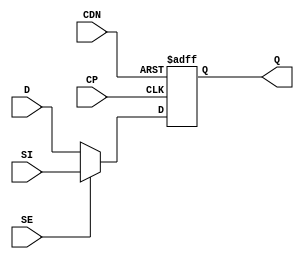
// ================================================================
// NVDLA Open Source Project
// 
// Copyright(c) 2016 - 2017 NVIDIA Corporation.  Licensed under the
// NVDLA Open Hardware License; Check "LICENSE" which comes with 
// this distribution for more information.
// ================================================================

`timescale 10ps/1ps
module  SDFCNQD1 (
	 SI
	,D
	,SE
	,CP
	,CDN
	,Q
	);

input	 SI ;
input	 D ;
input	 SE ;
input	 CP ;
input	 CDN ;
output	 Q ;

reg Q;
assign sel = SE ? SI : D;

always @(posedge CP or negedge CDN)
begin
    if(~CDN)
        Q <= 1'b0;
    else
        Q <= sel;
end

endmodule